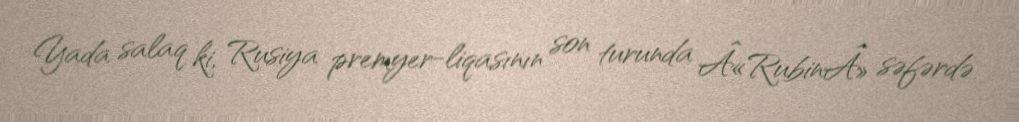
Yada salaq ki, Rusiya premyer-liqasının son turunda Â«RubinÂ» səfərdə